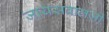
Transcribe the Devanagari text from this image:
जायसवालजी